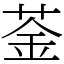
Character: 菳